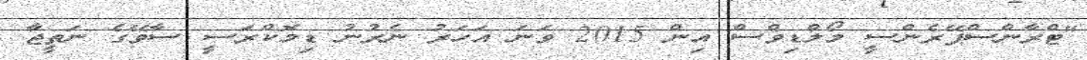
"ޓްރާންސްޕޭރެންސީ މޯލްޑިވްސް އިން 2015 ވަނަ އަހަރު ނެރުނު ޑިމޮކްރަސީ ސާވޭގެ ނަތީޖާ